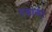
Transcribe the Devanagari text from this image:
रवाडा